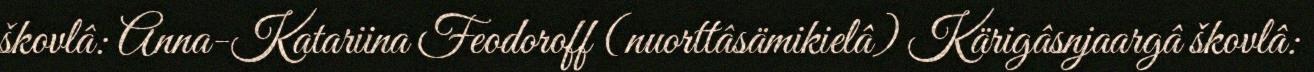
škovlâ: Anna-Katariina Feodoroff (nuorttâsämikielâ) Kärigâsnjaargâ škovlâ: